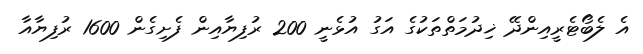
އެ ލެބޯޓެރީއިންދޭ ޚިދުމަތްތަކުގެ އަގު އުޅެނީ 200 ރުފިޔާއިން ފެށިގެން 1600 ރުފިޔާއާ